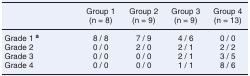
<table><thead><tr><td>[EMPTY_CELL]</td><td><b>Group 1 (n = 8)</b></td><td><b>Group 2 (n = 9)</b></td><td><b>Group 3 (n = 9)</b></td><td><b>Group 4 (n = 13)</b></td></tr></thead><tbody><tr><td>Grade 1 <sup><b>a</b></sup></td><td>8 / 8</td><td>7 / 9</td><td>4 / 6</td><td>0 / 0</td></tr><tr><td>Grade 2</td><td>0 / 0</td><td>2 / 0</td><td>2 / 1</td><td>2 / 2</td></tr><tr><td>Grade 3</td><td>0 / 0</td><td>0 / 0</td><td>2 / 1</td><td>3 / 5</td></tr><tr><td>Grade 4</td><td>0 / 0</td><td>0 / 0</td><td>1 / 1</td><td>8 / 6</td></tr></tbody></table>